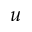
u